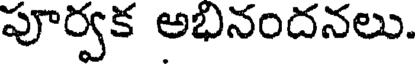
పూర్వక అభినందనలు.